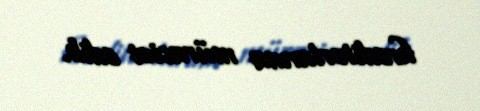
kreditorlarına müraciət edib.